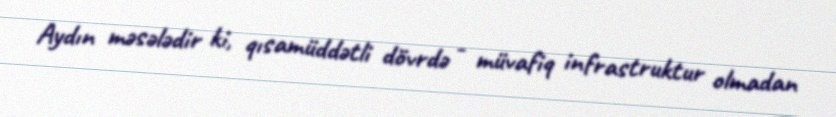
Aydın məsələdir ki, qısamüddətli dövrdə - müvafiq infrastruktur olmadan